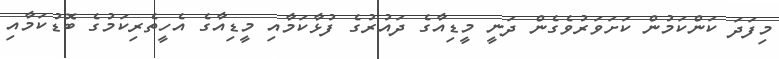
މިފަދަ ކަންކަމުން ކަށަވަރުވެގެން ދަނީ މީޑިއާގެ ދައުރުގެ ފުޅާކަމާއި މީޑިއާގެ އެހީތެރިކަމުގެ ބޮޑުކަމާއި